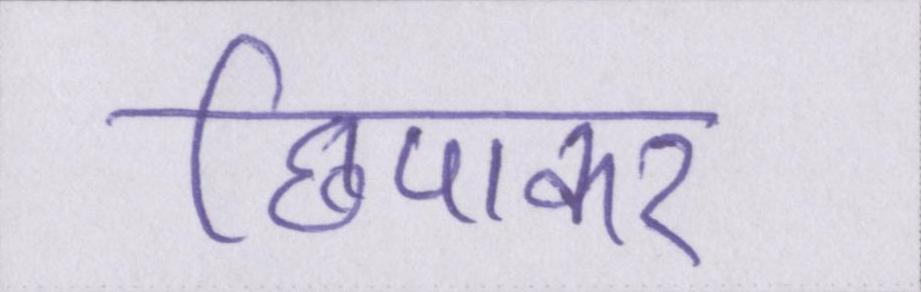
छिपाकर